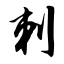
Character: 刺